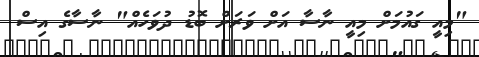
"މިއީ ގައުމަށް މިއީ ނާސާ އަށް ވަރަށް ބޮޑު ދުވަހެއް" ނާސާގެ އިސް